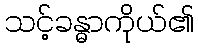
သင့်ခန္ဓာကိုယ်၏